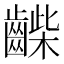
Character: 𪘿